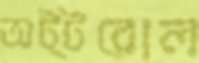
অট্টরোল